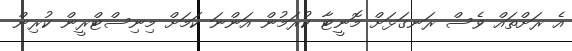
އެ ރަށްތައް ވެސް ރަނގަޅަށް މޮނީޓާ ކުރަމުން އަންނަ ކަމަށް މިނިސްޓްރީން ކުރިން